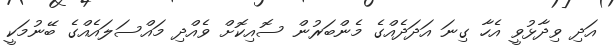
އަދި ވިދާޅުވީ އެހާ ގިނަ އަދަދެއްގެ މެންބަރުން ސޮއިކޮށް ވެއްދި މައްސަލައެއްގެ ބޭނުމަކީ